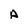
Character: A